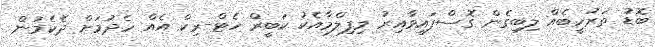
ބޮޑު ތަރުހީބެއް ލިބިގެން ގޮސްފައިވާއިރު މިފިލްމާއެކު ކަބީރް ހެޓް-ރިކް އެއް ހެދުމަށް ދެކެމުން